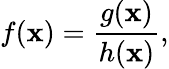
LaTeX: f(\mathbf{x})={\frac{{g(\mathbf{x})}}{{h(\mathbf{x})}}},